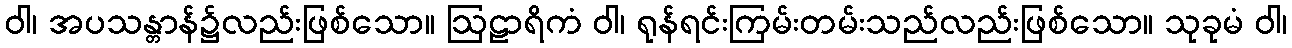
ဝါ၊ အပသန္တာန်၌လည်းဖြစ်သော။ ဩဠာရိကံ ဝါ၊ ရုန်ရင်းကြမ်းတမ်းသည်လည်းဖြစ်သော။ သုခုမံ ဝါ၊